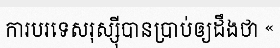
ការបរទេសរុស្ស៊ីបានប្រាប់ឲ្យដឹងថា «